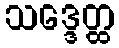
သဒ္ဒေတ္ထ